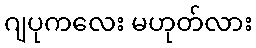
ဂျပုကလေး မဟုတ်လား